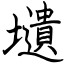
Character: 壝